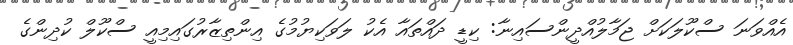
އެއްވަނަ ސްކޫލަކަށް ޖަމާލުއްދީންސައިނާ: ކިޑީ ދައްތައާ އެކު ލަވަކިޔުމުގެ އިންތިޒާރުގައިމިއީ ސްކޫލް ކުދިންގެ